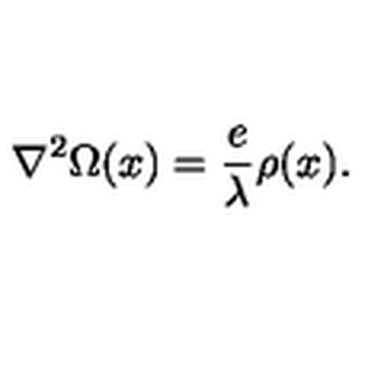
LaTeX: { \bf \nabla } ^ { 2 } \Omega ( x ) = \frac { e } { \lambda } \rho ( x ) .